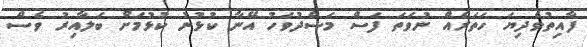
ފާއިތުވެދިޔަ ހަތަރެއް ނުވަތަ ފަސް މަސްދުވަހު އޭނާ ކުޅުނު ކުޅުމަށް ބަލާއިރު ވެސް